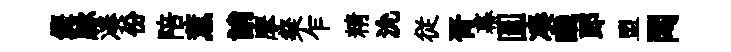
鏗脉凑份陪薫誚摩粲乍精沇従胥幕圓凑醆郎盟悶